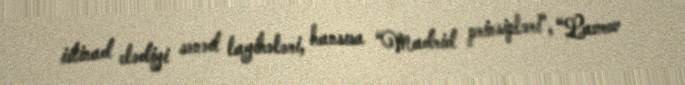
istinad elədiyi sənəd layihələri, hansısa “Madrid prinsipləri”, “Lavrov